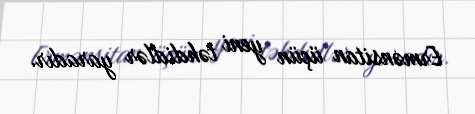
Ermənsitan üçün yeni təhdidlər yaradır.